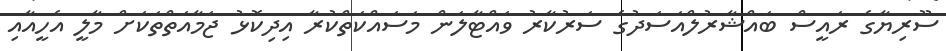
ސޫރިޔާގެ ރައީސް ބައްޝާރުލްއަސަދުގެ ސަރުކާރު ވައްޓާލަން މަސައްކަތްކުރާ އިދިކޮޅު ޖަމާއަތްތަކަށް މާލީ އެހީއާއި